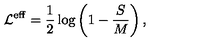
{ \cal L } ^ { \mathrm { \scriptsize e f f } } = \frac 1 2 \log \left( 1 - \frac S M \right) ,